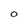
Character: 0